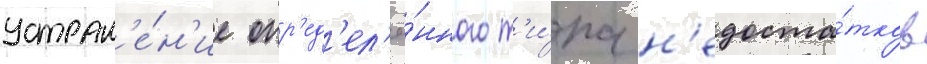
устран'е́н'ие опр'ед'ел'ё́нного т'и́па н'едоста́тков